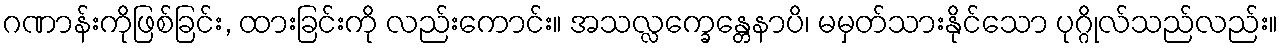
ဂဏာန်းကိုဖြစ်ခြင်း, ထားခြင်းကို လည်းကောင်း။ အသလ္လက္ခေန္တေနာပိ၊ မမှတ်သားနိုင်သော ပုဂ္ဂိုလ်သည်လည်း။